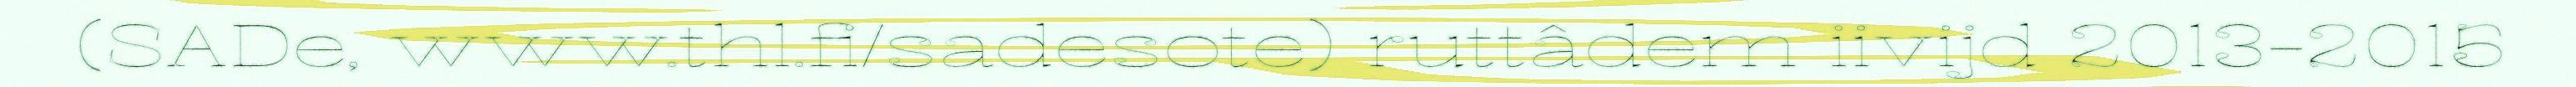
(SADe, www.thl.fi/sadesote) ruttâdem iivijd 2013-2015